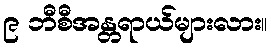
၉ ဘီစီအန္တရာယ်များလား။